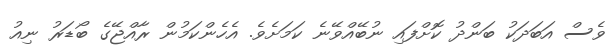
ވެސް އަބަދަކު ބަންދު ކޮށްފައި ނުބޭއްވޭނެ ކަމަށެވެ. އެހެންކަމުން ރާއްޖޭގެ ބޯޑަރު ނިއު